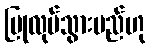
ပြုလုပ်သွားမည်ဟု